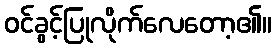
ဝင်ခွင့်ပြုလိုက်လေတော့၏။